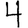
Digit: 4